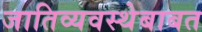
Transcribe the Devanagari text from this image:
जातिव्यवस्थेबाबत